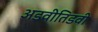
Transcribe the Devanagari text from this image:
अडवीतिडवी